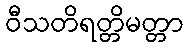
ဝီသတိရတ္တိမတ္တာ